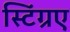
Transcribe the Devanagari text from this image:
स्टिंग्रए